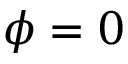
\phi = 0